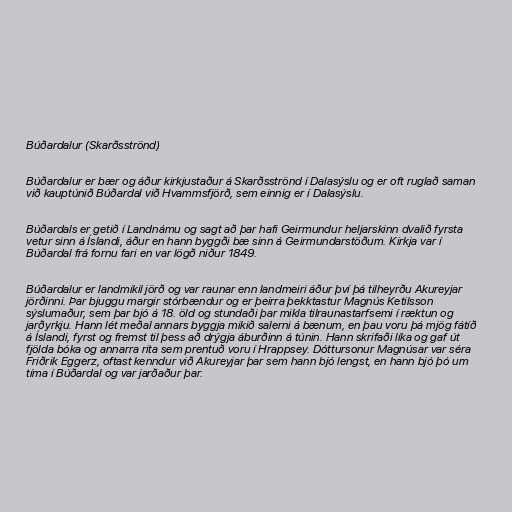
Búðardalur (Skarðsströnd)

Búðardalur er bær og áður kirkjustaður á Skarðsströnd í Dalasýslu og er oft ruglað saman
við kauptúnið Búðardal við Hvammsfjörð, sem einnig er í Dalasýslu.

Búðardals er getið í Landnámu og sagt að þar hafi Geirmundur heljarskinn dvalið fyrsta
vetur sinn á Íslandi, áður en hann byggði bæ sinn á Geirmundarstöðum. Kirkja var í
Búðardal frá fornu fari en var lögð niður 1849.

Búðardalur er landmikil jörð og var raunar enn landmeiri áður því þá tilheyrðu Akureyjar
jörðinni. Þar bjuggu margir stórbændur og er þeirra þekktastur Magnús Ketilsson
sýslumaður, sem þar bjó á 18. öld og stundaði þar mikla tilraunastarfsemi í ræktun og
jarðyrkju. Hann lét meðal annars byggja mikið salerni á bænum, en þau voru þá mjög fátíð
á Íslandi, fyrst og fremst til þess að drýgja áburðinn á túnin. Hann skrifaði líka og gaf út
fjölda bóka og annarra rita sem prentuð voru í Hrappsey. Dóttursonur Magnúsar var séra
Friðrik Eggerz, oftast kenndur við Akureyjar þar sem hann bjó lengst, en hann bjó þó um
tíma í Búðardal og var jarðaður þar.